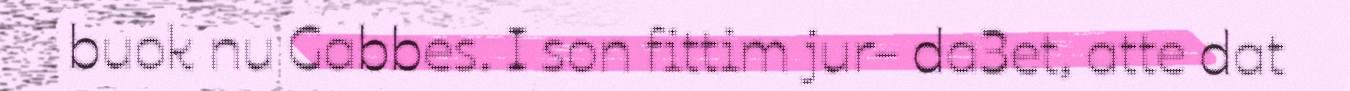
buok nu Gabbes. I son fittim jur- da3et, atte dat